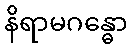
နိရာမဂန္ဓော